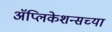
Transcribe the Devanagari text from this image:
ॲप्लिकेशन्सच्या